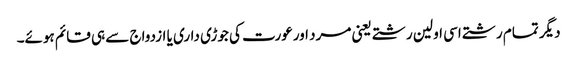
دیگر تمام رشتے اسی اولین رشتے یعنی مرد اورعورت کی جوڑی داری یا ازدواج سے ہی قائم ہوئے۔